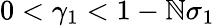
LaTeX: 0<\gamma_{1}<1-\mathbb{N}\sigma_{1}